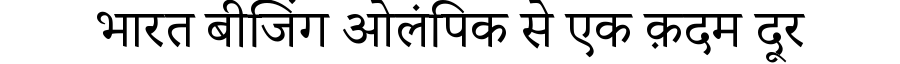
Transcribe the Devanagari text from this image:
भारत बीजिंग ओलंपिक से एक क़दम दूर